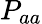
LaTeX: P_{aa}